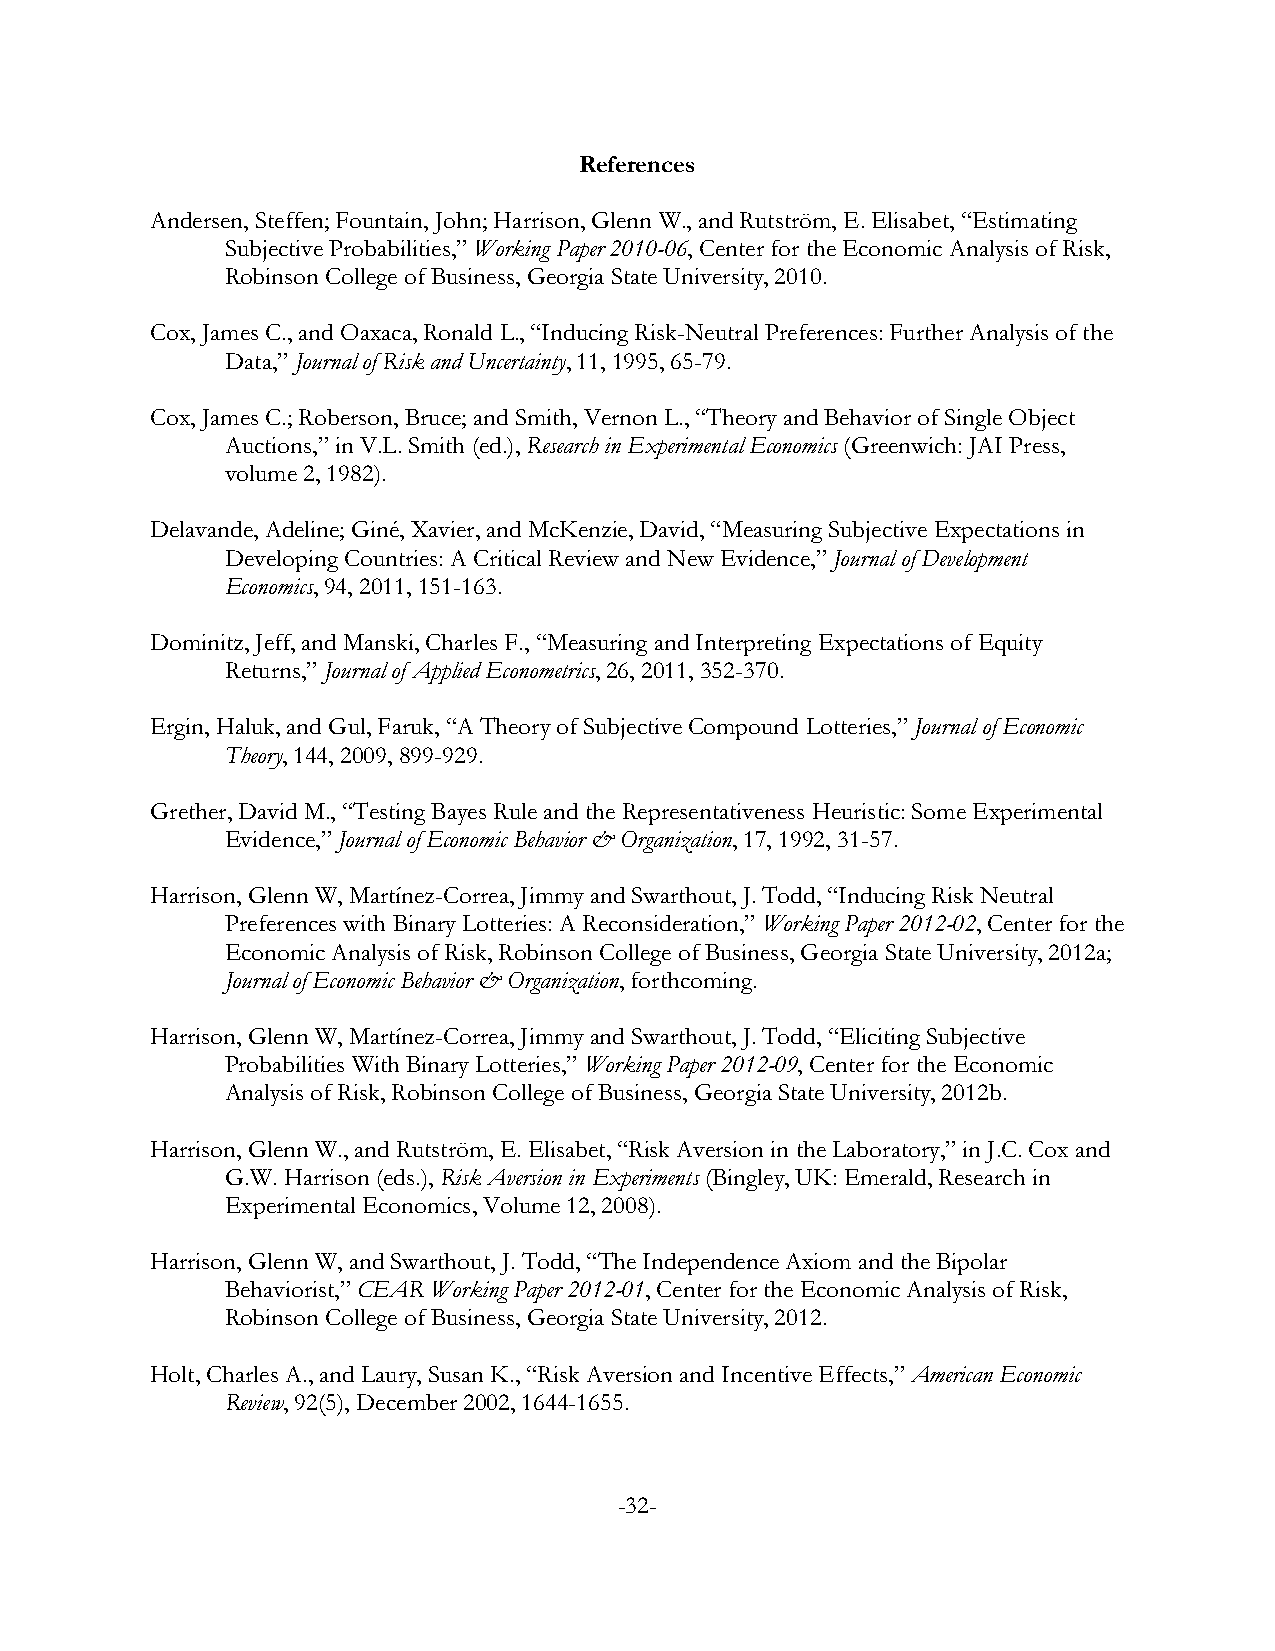
References
 Andersen, Steffen; Fountain, John; Harrison, Glenn W., and Rutström, E. Elisabet, “Estimating
 Subjective Probabilities,” Working Paper 2010-06, Center for the Economic Analysis of Risk,
 Robinson College of Business, Georgia State University, 2010.
 Cox, James C., and Oaxaca, Ronald L., “Inducing Risk-Neutral Preferences: Further Analysis of the
 Data,” Journal of Risk and Uncertainty, 11, 1995, 65-79.
 Cox, James C.; Roberson, Bruce; and Smith, Vernon L., “Theory and Behavior of Single Object
 Auctions,” in V.L. Smith (ed.), Research in Experimental Economics (Greenwich: JAI Press,
 volume 2, 1982).
 Delavande, Adeline; Giné, Xavier, and McKenzie, David, “Measuring Subjective Expectations in
 Developing Countries: A Critical Review and New Evidence,” Journal of Development
 Economics, 94, 2011, 151-163.
 Dominitz, Jeff, and Manski, Charles F., “Measuring and Interpreting Expectations of Equity
 Returns,” Journal of Applied Econometrics, 26, 2011, 352-370.
 Ergin, Haluk, and Gul, Faruk, “A Theory of Subjective Compound Lotteries,” Journal of Economic
 Theory, 144, 2009, 899-929.
 Grether, David M., “Testing Bayes Rule and the Representativeness Heuristic: Some Experimental
 Evidence,” Journal of Economic Behavior & Organization, 17, 1992, 31-57.
 Harrison, Glenn W, Martínez-Correa, Jimmy and Swarthout, J. Todd, “Inducing Risk Neutral
 Preferences with Binary Lotteries: A Reconsideration,” Working Paper 2012-02, Center for the
 Economic Analysis of Risk, Robinson College of Business, Georgia State University, 2012a;
 Journal of Economic Behavior & Organization, forthcoming.
 Harrison, Glenn W, Martínez-Correa, Jimmy and Swarthout, J. Todd, “Eliciting Subjective
 Probabilities With Binary Lotteries,” Working Paper 2012-09, Center for the Economic
 Analysis of Risk, Robinson College of Business, Georgia State University, 2012b.
 Harrison, Glenn W., and Rutström, E. Elisabet, “Risk Aversion in the Laboratory,” in J.C. Cox and
 G.W. Harrison (eds.), Risk Aversion in Experiments (Bingley, UK: Emerald, Research in
 Experimental Economics, Volume 12, 2008).
 Harrison, Glenn W, and Swarthout, J. Todd, “The Independence Axiom and the Bipolar
 Behaviorist,” CEAR Working Paper 2012-01, Center for the Economic Analysis of Risk,
 Robinson College of Business, Georgia State University, 2012.
 Holt, Charles A., and Laury, Susan K., “Risk Aversion and Incentive Effects,” American Economic
 Review, 92(5), December 2002, 1644-1655.
 -32-